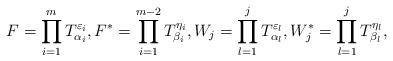
LaTeX: \begin{align*}F=\prod^m_{i=1}T^{\varepsilon_i}_{\alpha_i},F^{*}=\prod^{m-2}_{i=1}T^{\eta_i}_{\beta_i},W_j=\prod^j_{l=1}T^{\varepsilon_l}_{\alpha_l},W^{*}_j=\prod^{j}_{l=1}T^{\eta_l}_{\beta_l},\end{align*}